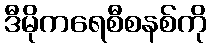
ဒီမိုကရေစီစနစ်ကို